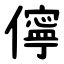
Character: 儜